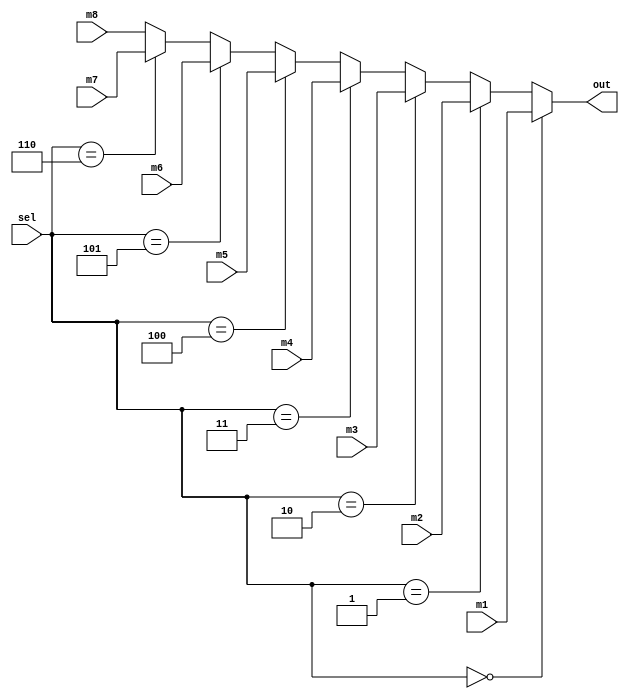
module mux8to1 
(
    input wire m1,
	 input wire m2,
	 input wire m3,
	 input wire m4,
	 input wire m5,
	 input wire m6,
	 input wire m7,
	 input wire m8,
    input wire [2:0] sel,  // Las 3 seales de seleccin
    output wire out        // La salida
);

assign out = (sel == 3'b000) ? m1 :
             (sel == 3'b001) ? m2 :
             (sel == 3'b010) ? m3 :
             (sel == 3'b011) ? m4 :
             (sel == 3'b100) ? m5 :
             (sel == 3'b101) ? m6 :
             (sel == 3'b110) ? m7 :
                               m8;
endmodule